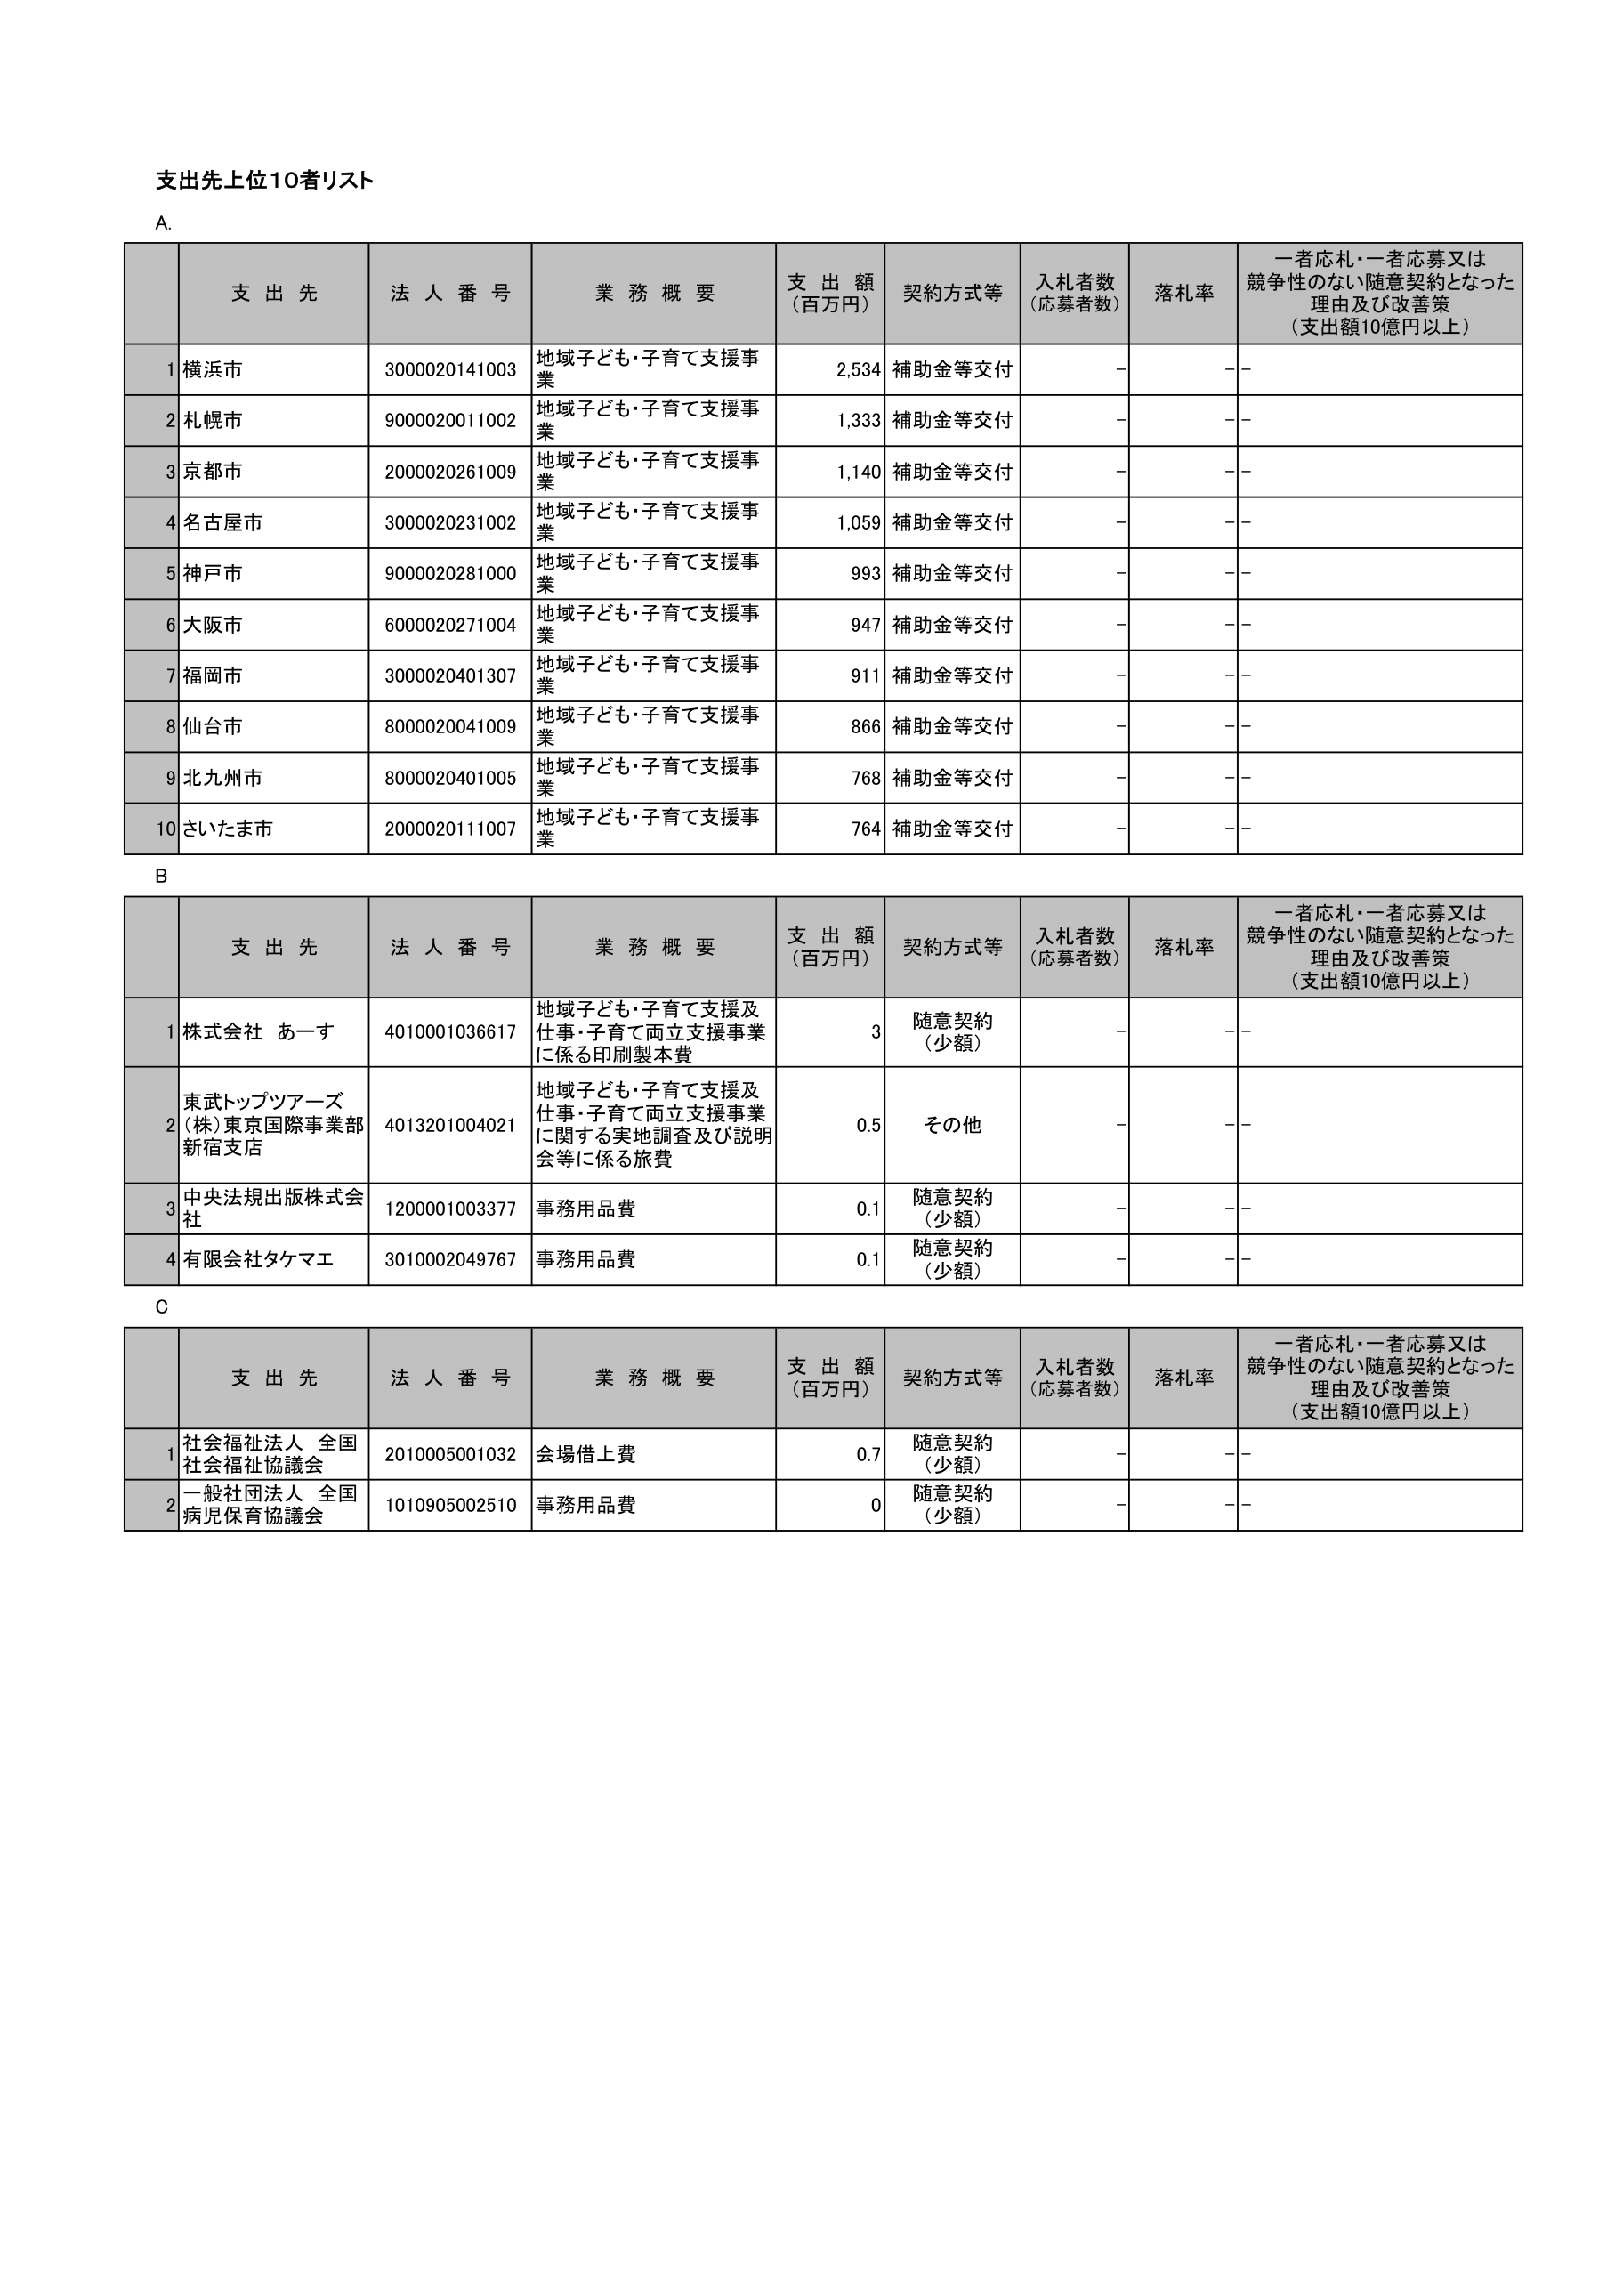
支出先上位10者リスト

A.
支 出 先	法 人 番 号	業 務 概 要	支 出 額 （百万円）	契約方式等	入札者数 （応募者数）	落札率	一者応札・一者応募又は 競争性のない随意契約となった 理由及び改善策 （支出額10億円以上）
1 横浜市	3000020141003	地域子ども・子育て支援事業	2,534	補助金等交付	-	-	-
2 札幌市	9000020011002	地域子ども・子育て支援事業	1,333	補助金等交付	-	-	-
3 京都市	2000020261009	地域子ども・子育て支援事業	1,140	補助金等交付	-	-	-
4 名古屋市	3000020231002	地域子ども・子育て支援事業	1,059	補助金等交付	-	-	-
5 神戸市	9000020281000	地域子ども・子育て支援事業	993	補助金等交付	-	-	-
6 大阪市	6000020271004	地域子ども・子育て支援事業	947	補助金等交付	-	-	-
7 福岡市	3000020401307	地域子ども・子育て支援事業	911	補助金等交付	-	-	-
8 仙台市	8000020041009	地域子ども・子育て支援事業	866	補助金等交付	-	-	-
9 北九州市	8000020401005	地域子ども・子育て支援事業	768	補助金等交付	-	-	-
10 さいたま市	2000020111007	地域子ども・子育て支援事業	764	補助金等交付	-	-	-

B
支 出 先	法 人 番 号	業 務 概 要	支 出 額 （百万円）	契約方式等	入札者数 （応募者数）	落札率	一者応札・一者応募又は 競争性のない随意契約となった 理由及び改善策 （支出額10億円以上）
1 株式会社 あーす	4010001036617	地域子ども・子育て支援及 仕事・子育て両立支援事業 に係る印刷製本費	3	随意契約 （少額）	-	-	-
2 東武トップツアーズ (株)東京国際事業部 新宿支店	4013201004021	地域子ども・子育て支援及 仕事・子育て両立支援事業 に関する実地調査及び説明 会等に係る旅費	0.5	その他	-	-	-
3 中央法規出版株式会社	1200001003377	事務用品費	0.1	随意契約 （少額）	-	-	-
4 有限会社タケマエ	3010002049767	事務用品費	0.1	随意契約 （少額）	-	-	-

C
支 出 先	法 人 番 号	業 務 概 要	支 出 額 （百万円）	契約方式等	入札者数 （応募者数）	落札率	一者応札・一者応募又は 競争性のない随意契約となった 理由及び改善策 （支出額10億円以上）
1 社会福祉法人 全国 社会福祉協議会	2010005001032	会場借上費	0.7	随意契約 （少額）	-	-	-
2 一般社団法人 全国 病児保育協議会	1010905002510	事務用品費	0	随意契約 （少額）	-	-	-